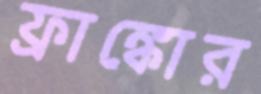
ফ্রাঙ্কোর